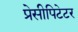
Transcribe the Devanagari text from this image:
प्रेसीपिटेटर